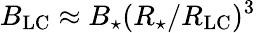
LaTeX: B_{\mathrm{LC}}\approx B_{\star}(R_{\star}/R_{\mathrm{LC}})^{3}